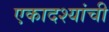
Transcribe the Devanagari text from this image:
एकादश्यांची